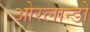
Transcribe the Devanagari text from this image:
ओरलान्डो